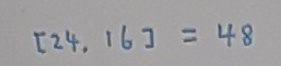
[ 2 4 , 1 6 ] = 4 8